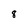
Character: 8